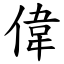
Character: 偉